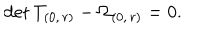
\mathrm { d e t } \, T _ { ( 0 , \, r ) } - \Omega _ { ( 0 , \, r ) } = 0 .